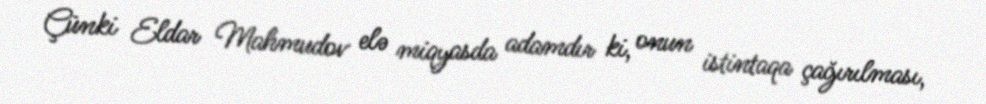
Çünki Eldar Mahmudov elə miqyasda adamdır ki, onun istintaqa çağırılması,